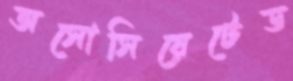
অসোসিয়েটেড